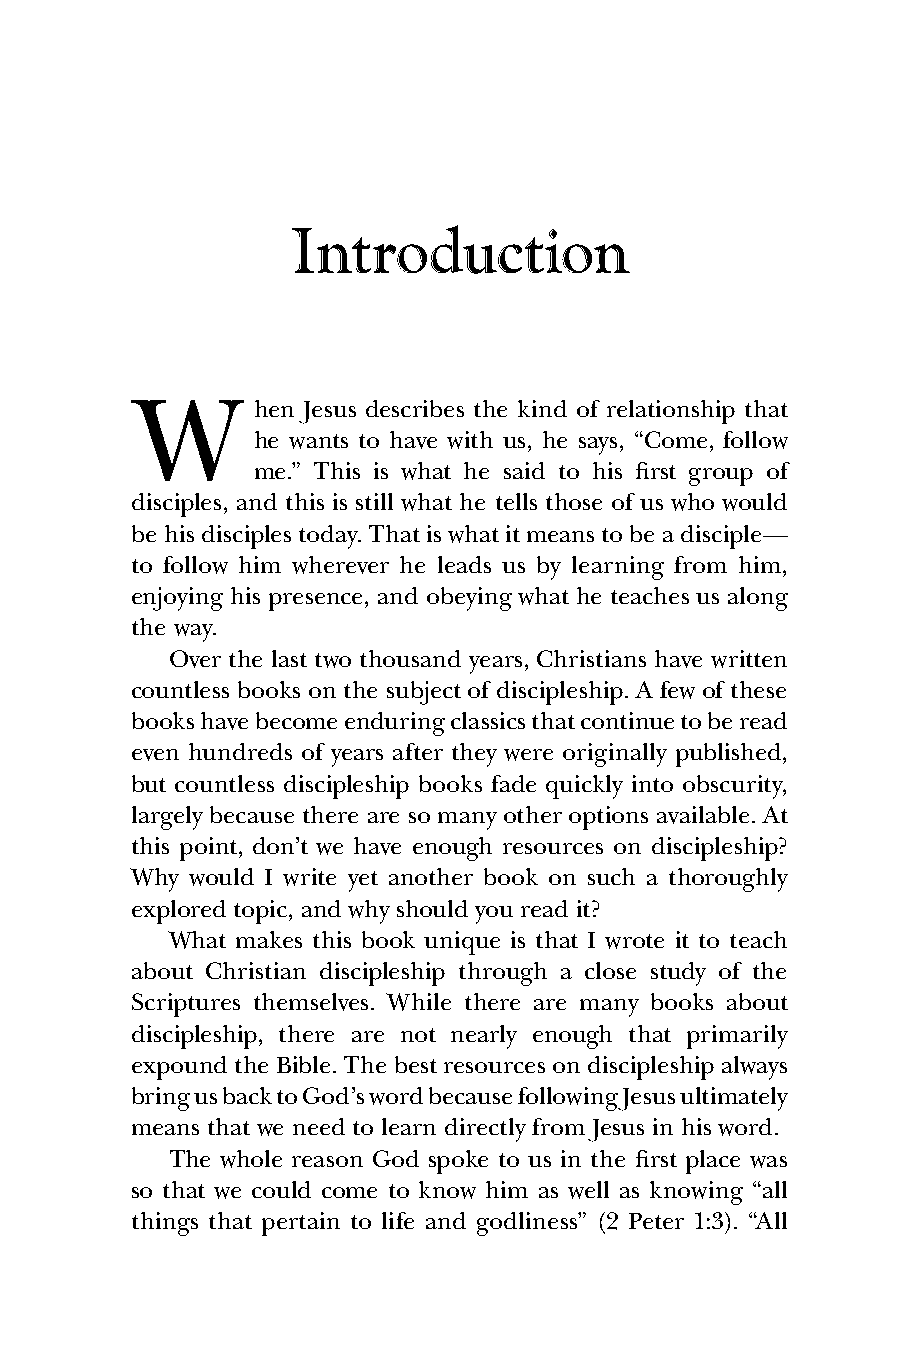
Introduction
 W
 hen Jesus describes the kind of relationship that
 he wants to have with us, he says, “Come, follow
 me.” This is what he said to his first group of
 disciples, and this is still what he tells those of us who would
 be his disciples today. That is what it means to be a disciple—
 to follow him wherever he leads us by learning from him,
 enjoying his presence, and obeying what he teaches us along
 the way.
 Over the last two thousand years, Christians have written
 countless books on the subject of discipleship. A few of these
 books have become enduring classics that continue to be read
 even hundreds of years after they were originally published,
 but countless discipleship books fade quickly into obscurity,
 largely because there are so many other options available. At
 this point, don’t we have enough resources on discipleship?
 Why would I write yet another book on such a thoroughly
 explored topic, and why should you read it?
 What makes this book unique is that I wrote it to teach
 about Christian discipleship through a close study of the
 Scriptures themselves. While there are many books about
 discipleship, there are not nearly enough that primarily
 expound the Bible. The best resources on discipleship always
 bring us back to God’s word because following Jesus ultimately
 means that we need to learn directly from Jesus in his word.
 The whole reason God spoke to us in the first place was
 so that we could come to know him as well as knowing “all
 things that pertain to life and godliness” (2 Peter 1:3). “All